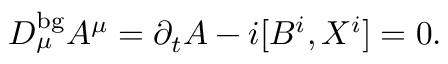
D _ { \mu } ^ { \mathrm { b g } } A ^ { \mu } = \partial _ { t } A - i [ B ^ { i } , X ^ { i } ] = 0 .